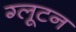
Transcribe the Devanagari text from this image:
ग्लूटन